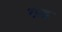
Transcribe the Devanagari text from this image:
श्रद्ध